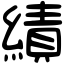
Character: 績